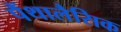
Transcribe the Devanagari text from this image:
पैंथालैसिक